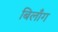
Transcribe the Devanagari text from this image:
बिलाँग